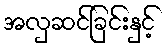
အလှဆင်ခြင်းနှင့်